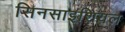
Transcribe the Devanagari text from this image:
सिनसाइशियल